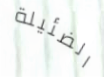
الضئيلة